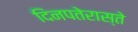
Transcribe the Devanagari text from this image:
दिनपतेरास्ते